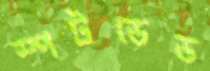
স্পটডেড